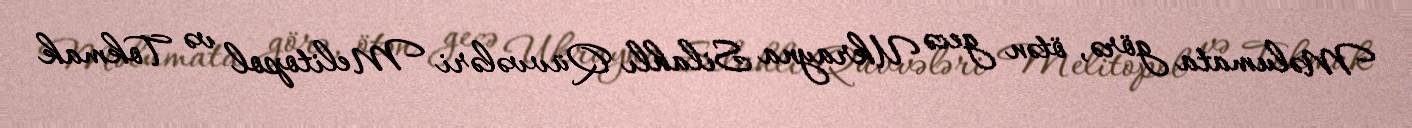
Məlumata görə, ötən gecə Ukrayna Silahlı Qüvvələri Melitopol və Tokmak